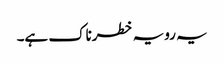
یہ رویہ خطرناک ہے۔